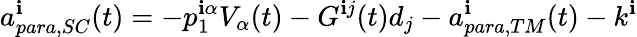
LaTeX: a_{para,SC}^{\mathbf{i}}(t)=-p_{1}^{\mathbf{i}\alpha}V_{\alpha}(t)-G^{\mathbf{i}j}(t)d_{j}-a_{para,TM}^{\mathbf{i}}(t)-k^{\mathbf{i}}